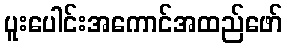
ပူးပေါင်းအကောင်အထည်ဖော်